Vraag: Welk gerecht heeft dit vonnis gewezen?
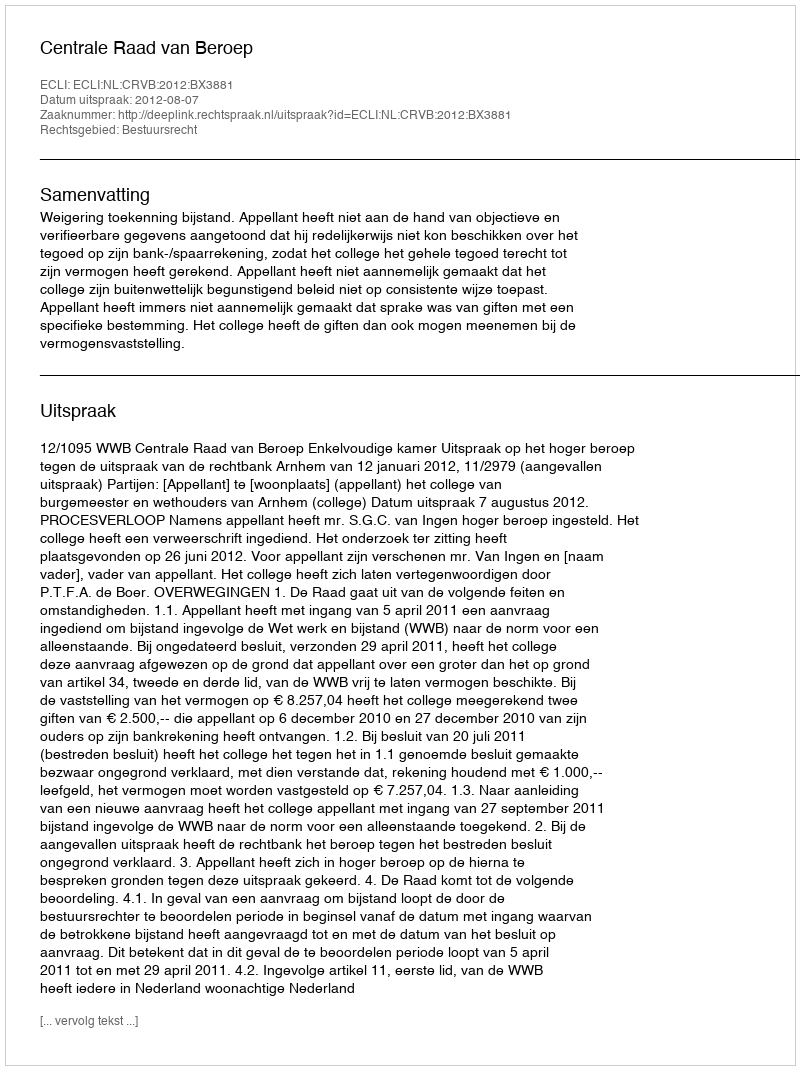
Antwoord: Centrale Raad van Beroep